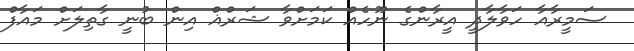
ސަމީރާއާ ހަވާލާދީ އީރާންގެ ނޫހެއް ކަަމަށްވާ ޝަރްޣް އިން ބުނީ ގާތިލަށް މައާފް